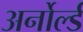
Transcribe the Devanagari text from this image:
अर्नोर्ल्ड